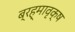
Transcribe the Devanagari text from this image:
ब्रह्मावृक्ष